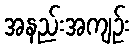
အနည်းအကျဉ်း